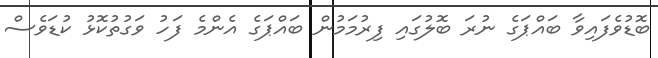
ބޮޑުވެފައިވާ ބައްޕަގެ ނުރަ ބޮލުގައި ފިރުމަމުން ބައްޕަގެ އެންމެ ފަހު ވަގުތުކޮޅު ކުޑަވެސް